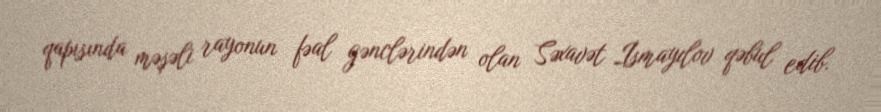
qapısında məşəli rayonun fəal gənclərindən olan Səxavət İsmayılov qəbul edib.